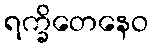
ရက္ခိတေနေဝ